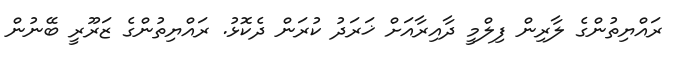
ރައްޔިތުންގެ ލާރިން ފިލްމީ ދާއިރާއަށް ޚަރަދު ކުރަން ދެކޮޅު. ރައްޔިތުންގެ ޒަރޫރީ ބޭނުން